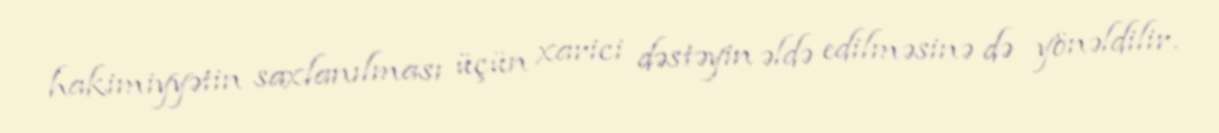
hakimiyyətin saxlanılması üçün xarici dəstəyin əldə edilməsinə də yönəldilir.